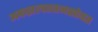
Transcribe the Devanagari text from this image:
अफझलखानसोबत